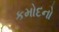
કમોદનો